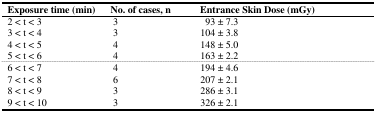
| Exposure time (min) | No. of cases, n | Entrance Skin Dose (mGy) |
 | --- | --- | --- |
 | 2 < t < 3 | 3 | 93 ± 7.3 |
 | 3 < t < 4 | 3 | 104 ± 3.8 |
 | 4 < t < 5 | 4 | 148 ± 5.0 |
 | 5 < t < 6 | 4 | 163 ± 2.2 |
 | 6 < t < 7 | 4 | 194 ± 4.6 |
 | 7 < t < 8 | 6 | 207 ± 2.1 |
 | 8 < t < 9 | 3 | 286 ± 3.1 |
 | 9 < t < 10 | 3 | 326 ± 2.1 |